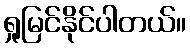
ရှုမြင်နိုင်ပါတယ်။